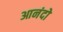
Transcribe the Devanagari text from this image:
आनंदो